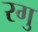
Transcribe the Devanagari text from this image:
रगु